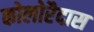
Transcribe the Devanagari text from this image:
कोलोरैदास